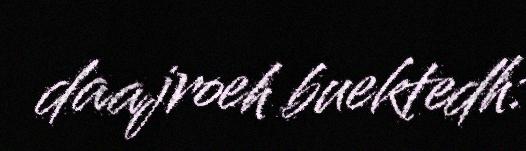
daajroeh buektedh: